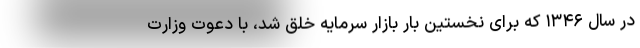
در سال ۱۳۴۶ که برای نخستین بار بازار سرمایه خلق شد، با دعوت وزارت